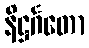
နိဋ္ဌင်္ဂတော